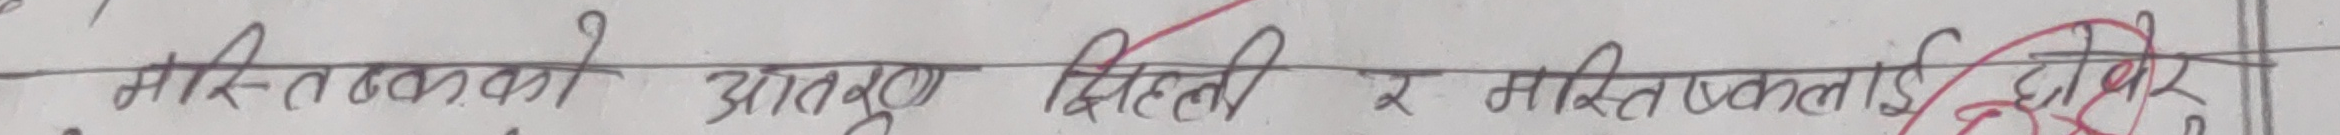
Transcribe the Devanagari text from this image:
मासित्तलका आनलु दिहली र मासितललाई छोएर